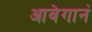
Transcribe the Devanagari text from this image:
आवेगानं